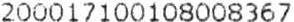
200017100108008367